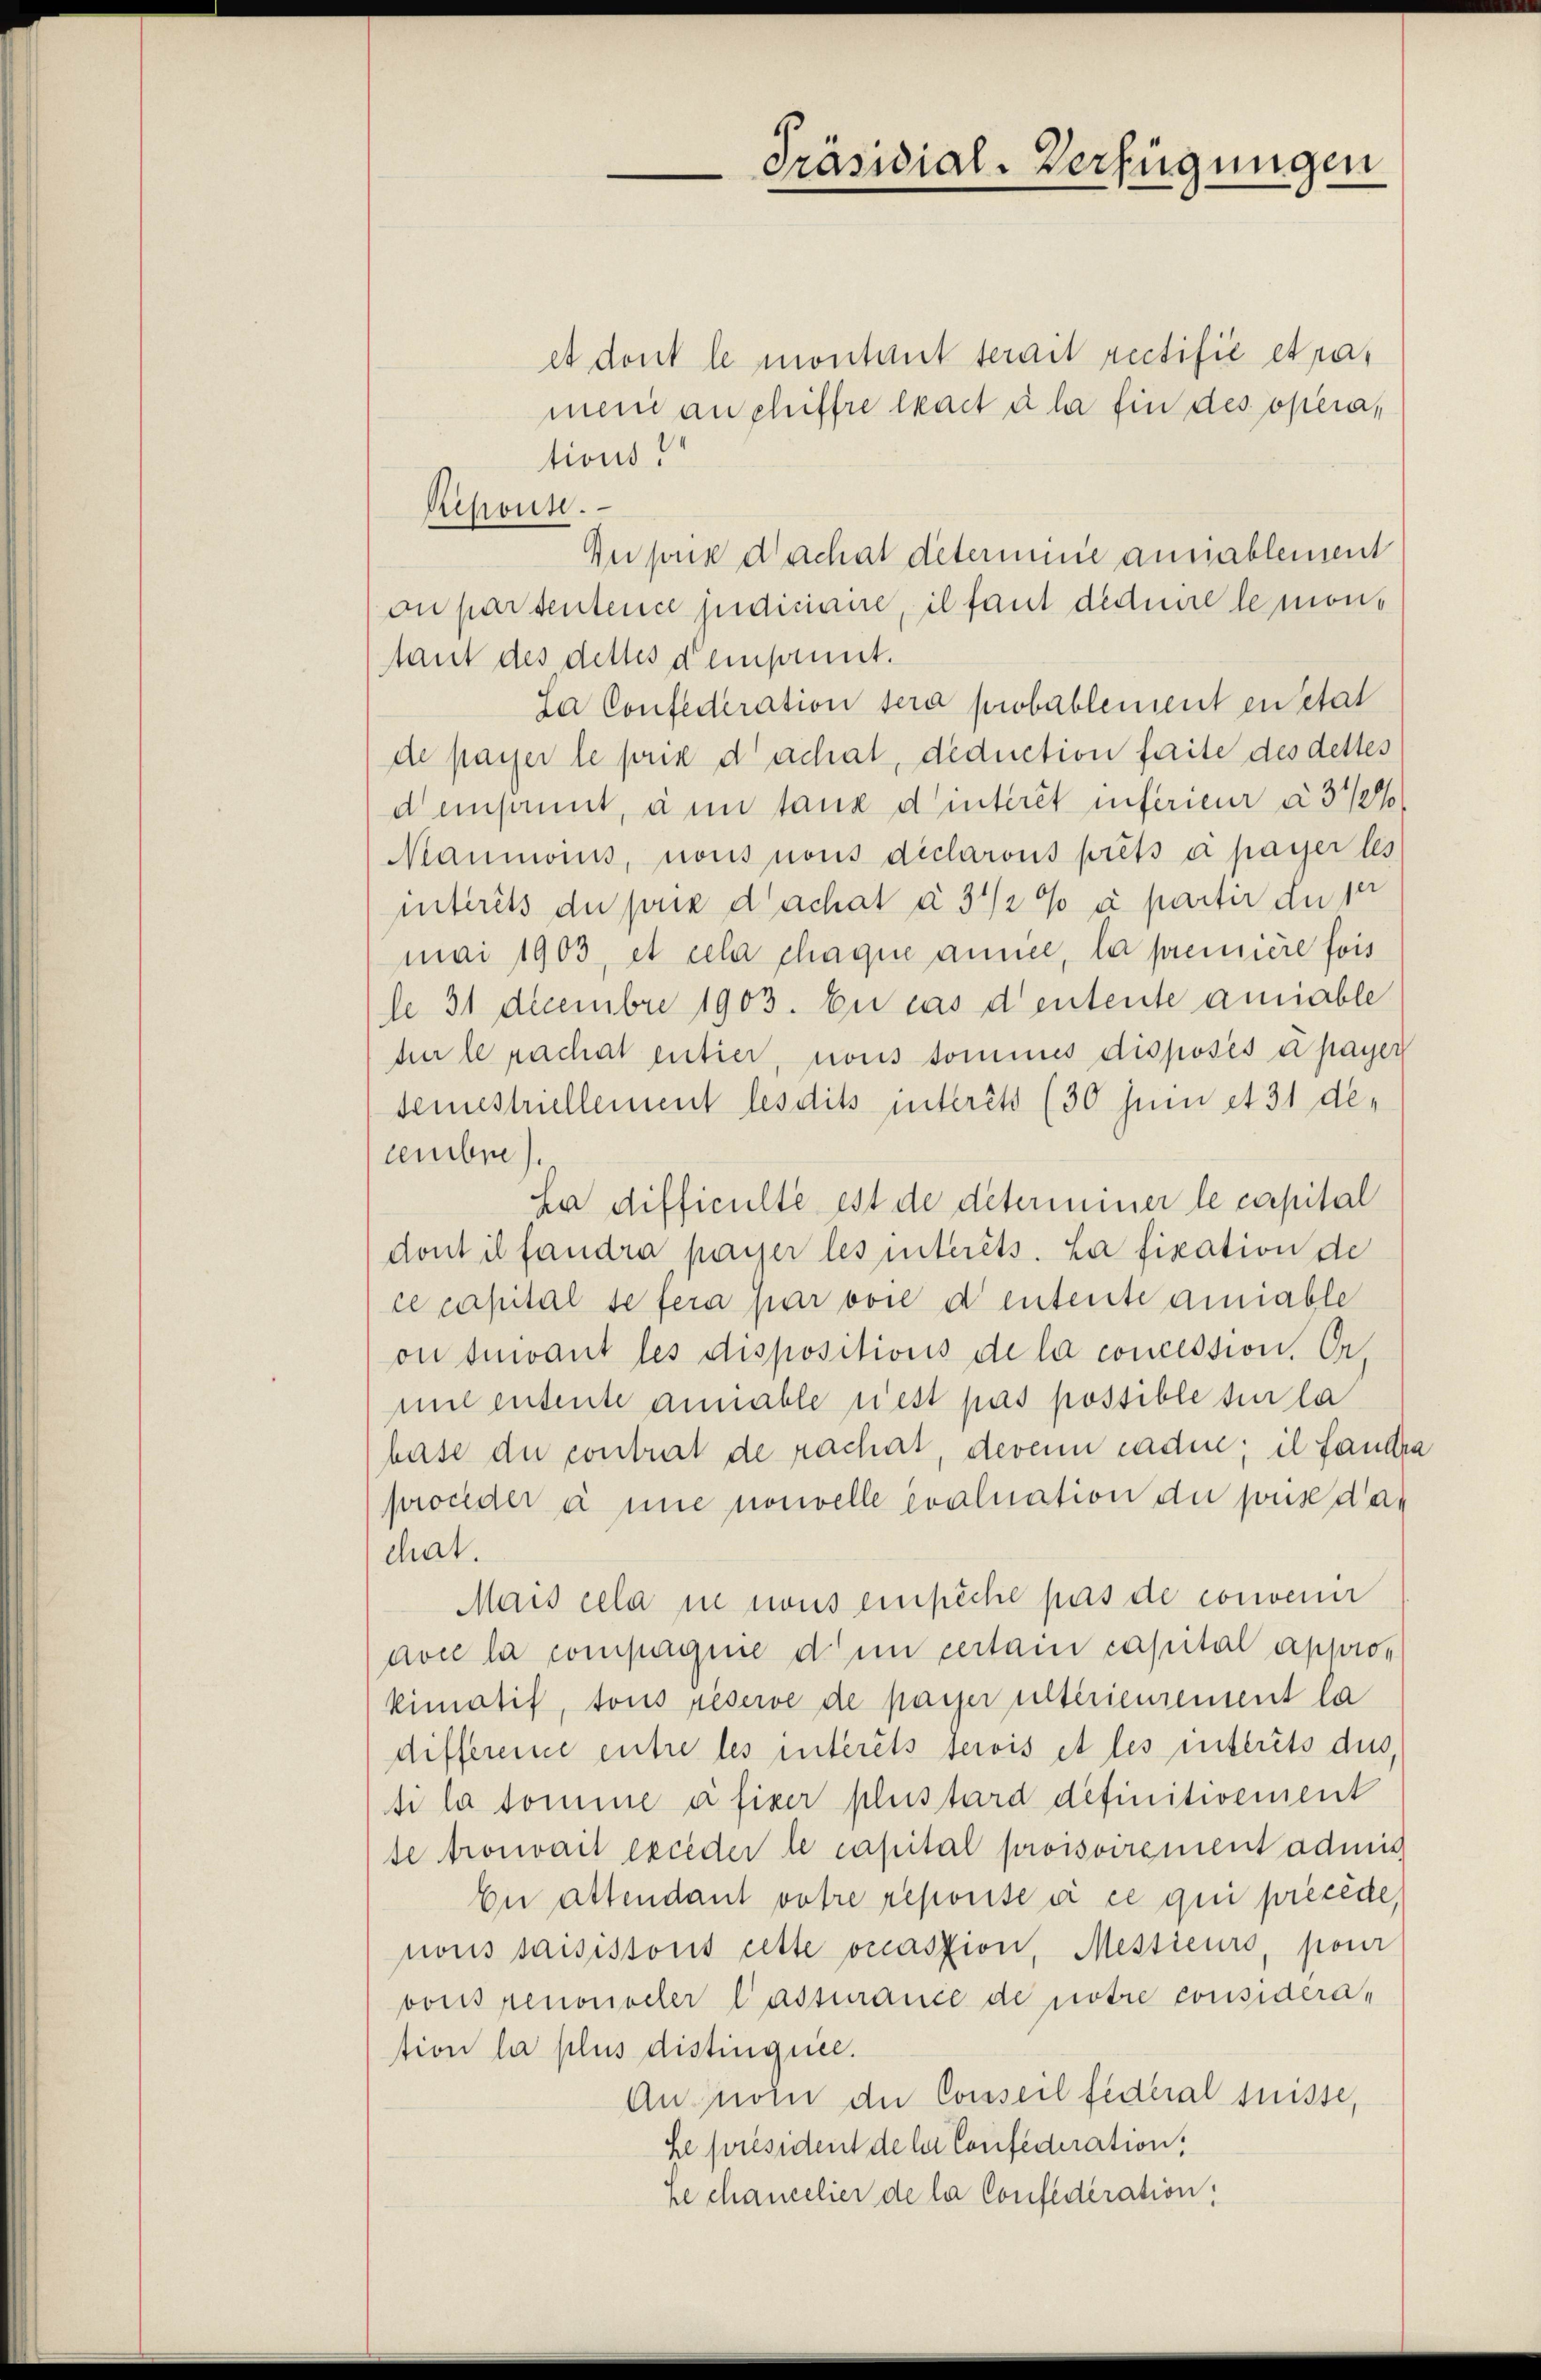
Ripouse.

Präsidial-Verfügungen

et dont le montant serait rectifié etramein an chiffre exact à la fin des opera,
tions!
Dupons dachat determine annablement
on partentence judiciaire, il faut deduire le mons
taut des dettes demsinnt.
La Confederation sera probablement en état
de payer le prie dachat, deduction faite des dettes
densant, ain tanz d’intérêt inférieur à 3 1/2%
Mammonis, nous nons déclarons prêts à payer les
intérêts du prix d’achat à 3 1/2% à partir du per
mai 1903, et cela chaque annice, la première fois
le 31 Decembre 1903. En cas deutente anniable
her le nachat entier, nous sommes disposés et payer
semestriellement lesdits intérêts (30 sein et 31 december
ha difficulté est de déterminer le capital
dont il fandra payer les intérêts. La fixation de
ce capital se fera par voie dentente amiable
on suivant les dispositions de la concession. Or
mit entente annable nest pas possible sur la
hase du contrat de rachat, deren cadin; il fanden
proceder à une nouvelle evaluation du puis dan
chat.
Mais cela in nous einpiche pas de convenir
avec la compagnie den certain capital approkimatif, tous réserve de payer ultérieurement la
difference entre les intérêts serois et les intérêts dus,
ti la somme à fixer plus tard definitivement
se trouvait exceder le capital proisoirement admis
En attendant votre reporte si ce qui précéde,
nons saisistons cette occasion, Messieurs, pour
vons renonoeler Passurance de notre consideration la plus distinquee.
Annom du Conseil federal suisse,
Le président der Confederation,
Le chancelier de la Confederation,